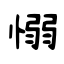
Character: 愵